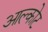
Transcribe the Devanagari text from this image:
आल्कोट